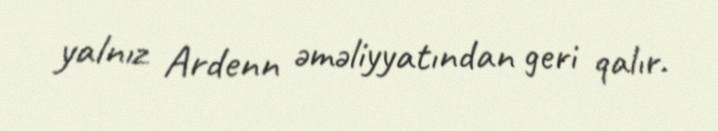
yalnız Ardenn əməliyyatından geri qalır.